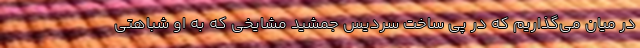
در میان می‌گذاریم که در پی ساخت سردیس جمشید مشایخی که به او شباهتی